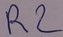
Text: R2